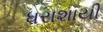
ધરાશાયી